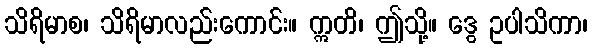
သိရိမာစ၊ သိရိမာလည်းကောင်း။ ဣတိ၊ ဤသို့။ ဒွေ ဥပါသိကာ၊